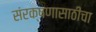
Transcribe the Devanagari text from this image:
संरक्षणासाठीचा